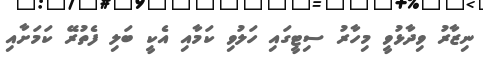
ނިޒާރު ވިދާޅުވީ މިހާރު ސިޓީގައި ހަލުވި ކަމާއި އެކީ ބަލި ފެތުރޭ ކަމަށާއި